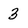
Character: 3